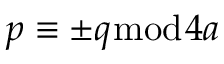
p \equiv \pm q { \bmod { 4 a } }